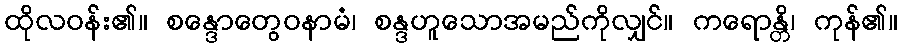
ထိုလဝန်း၏။ စန္ဒောတွေဝနာမံ၊ စန္ဒဟူသောအမည်ကိုလျှင်။ ကရောန္တိ၊ ကုန်၏။